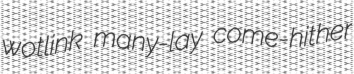
wotlink many-lay come-hither